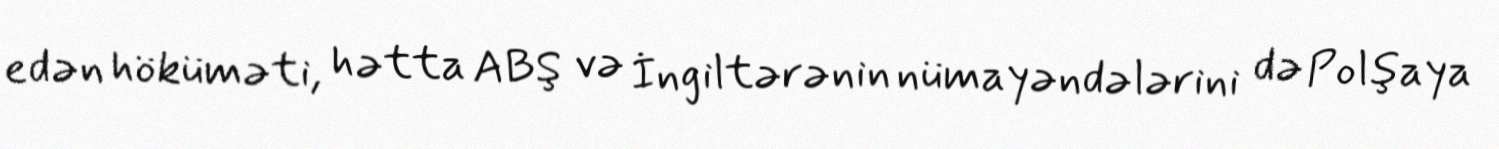
edən höküməti, hətta ABŞ və İngiltərənin nümayəndələrini də Polşaya